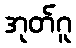
အုတ်ဂူ